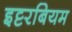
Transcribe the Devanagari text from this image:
इट्टरबियम